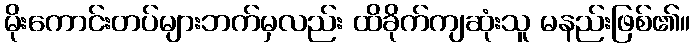
မိုးကောင်းတပ်များဘက်မှလည်း ထိခိုက်ကျဆုံးသူ မနည်းဖြစ်၏။